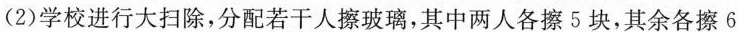
(2)学校进行大扫除，分配若干人擦玻璃，其中两人各擦5块，其余各擦6